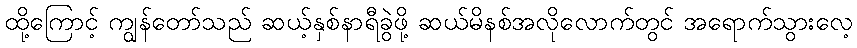
ထို့ကြောင့် ကျွန်တော်သည် ဆယ့်နှစ်နာရီခွဲဖို့ ဆယ်မိနစ်အလိုလောက်တွင် အရောက်သွားလေ့